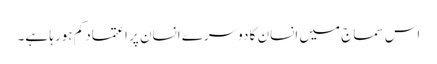
اس سماج میں انسان کا دوسرے انسان پر اعتماد کم ہورہا ہے۔